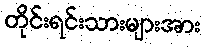
တိုင်းရင်းသားများအား